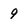
Character: 9